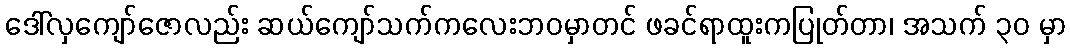
ဒေါ်လှကျော်ဇောလည်း ဆယ်ကျော်သက်ကလေးဘဝမှာတင် ဖခင်ရာထူးကပြုတ်တာ၊ အသက် ၃၀ မှာ